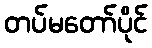
တပ်မတော်ပိုင်